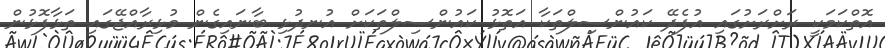
އޮތްކަމަކީ ރަށްރަށުގައި އުފެދޭ ކައުންސިލްތަކާ އަތޮޅު ކައުންސިލްތަކަށް އުނދުޅި ބާނައިގެން މުޅިރާއްޖޭގައި ތަޅާފޮޅުން